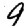
Digit: 9